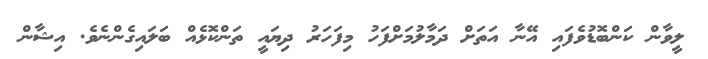
ލީވާން ކަންބޮޑުވެފައި އޭނާ އަތަށް ދަމާލުމަށްފަހު މިފަހަރު ދިޔައީ ތަންކޮޅެއް ބަލައިގެންނެވެ. އިޝާން